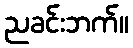
ညခင်းဘက်။